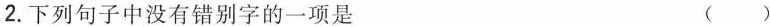
2.下列句子中没有错别字的一项是 （